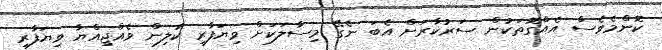
ކޮންމެވެސް އެއްގޮތަކުން ސަރުކާރަށް އެބަ ނެގޭ މިސާލަކަށް ވިޔަފާރި ކުލިން ވެއްޖިއްޔާ ވިޔަފާރި